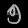
Digit: ၅